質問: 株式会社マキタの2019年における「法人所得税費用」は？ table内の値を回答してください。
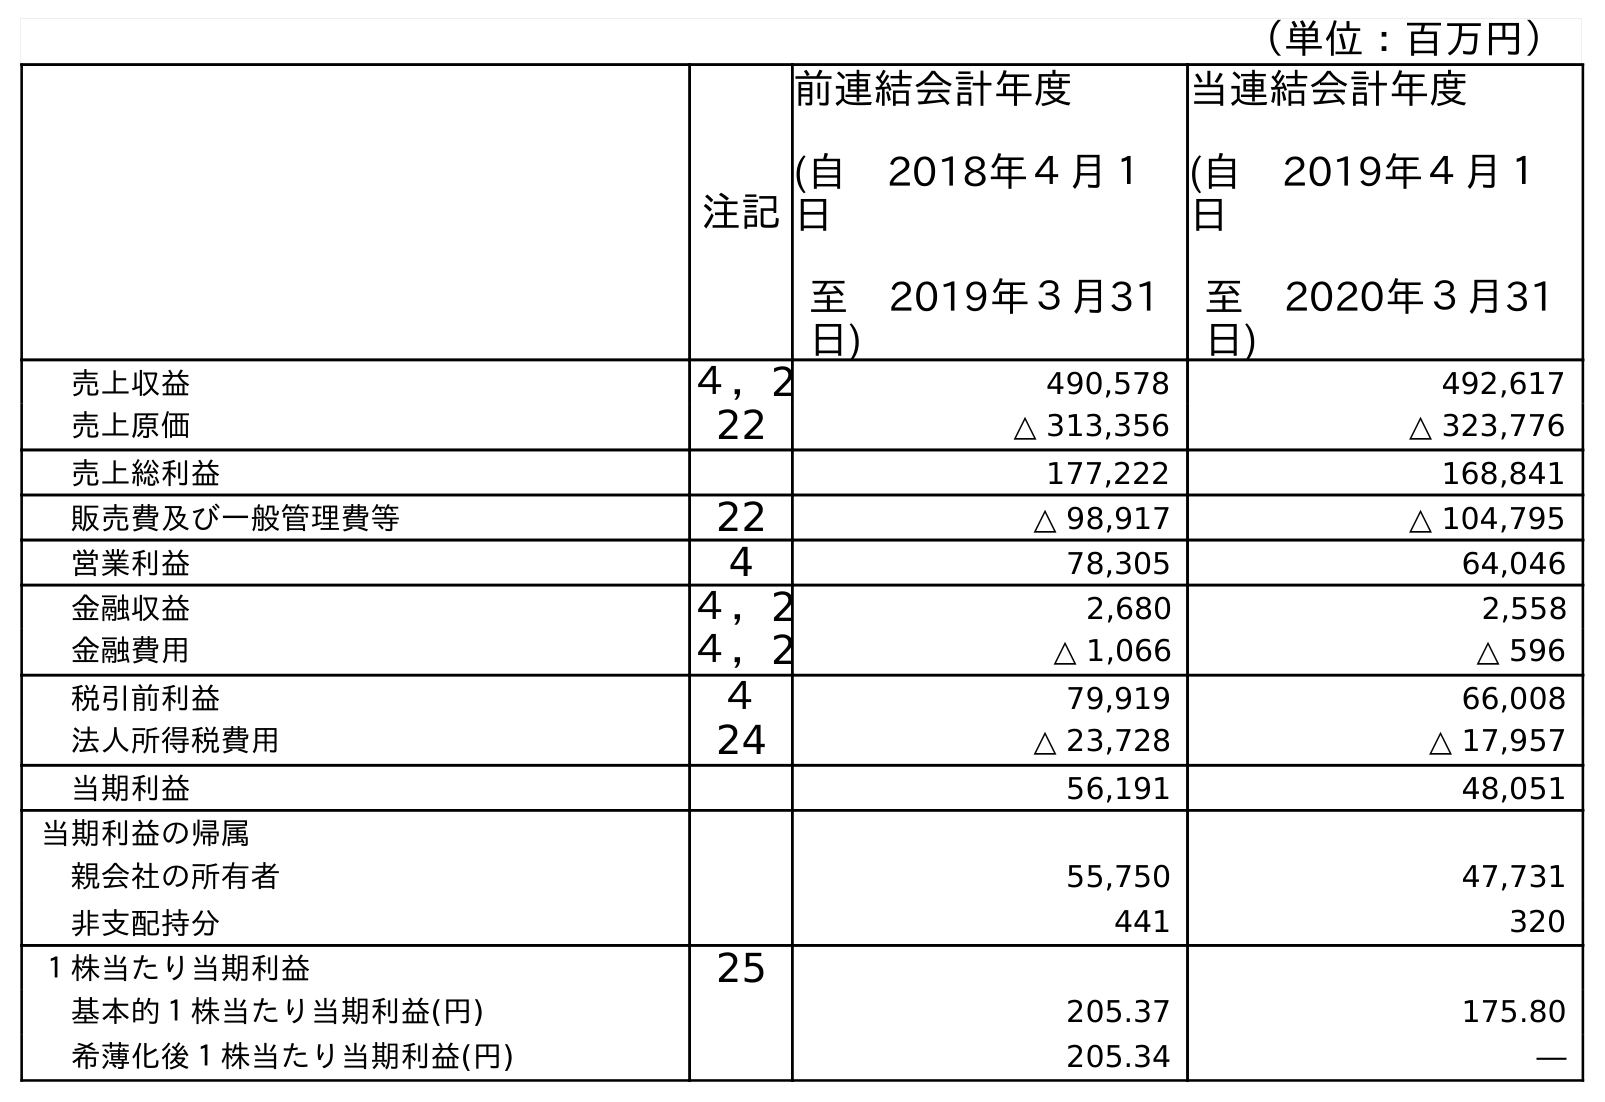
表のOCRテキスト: （単位：百万円） 注記 前連結会計年度 (自 2018年４月１ 日 至 2019年３月31 日) 当連結会計年度 (自 2019年４月１ 日 至 2020年３月31 日) 売上収益 ４，2 490,578 492,617 売上原価 22 △ 313,356 △ 323,776 売上総利益 177,222 168,841 販売費及び一般管理費等 22 △ 98,917 △ 104,795 営業利益 4 78,305 64,046 金融収益 ４，2 2,680 2,558 金融費用 ４，2 △ 1,066 △ 596 税引前利益 ４ 79,919 66,008 法人所得税費用 24 △ 23,728 △ 17,957 当期利益 56,191 48,051 当期利益の帰属 親会社の所有者 55,750 47,731 非支配持分 441 320 １株当たり当期利益 25 基本的１株当たり当期利益(円) 205.37 175.80 希薄化後１株当たり当期利益(円) 205.34 ―
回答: △23,728